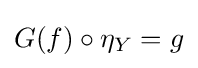
G(f)\circ \eta _{Y}=g